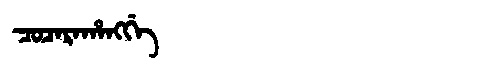
Manchu: ᠴᠣᠴᠠᡵᠠᡥᠠᠩᡤᡝ
Romanization: COCARAHANGGE